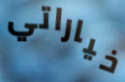
خياراتي